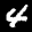
Label: 4